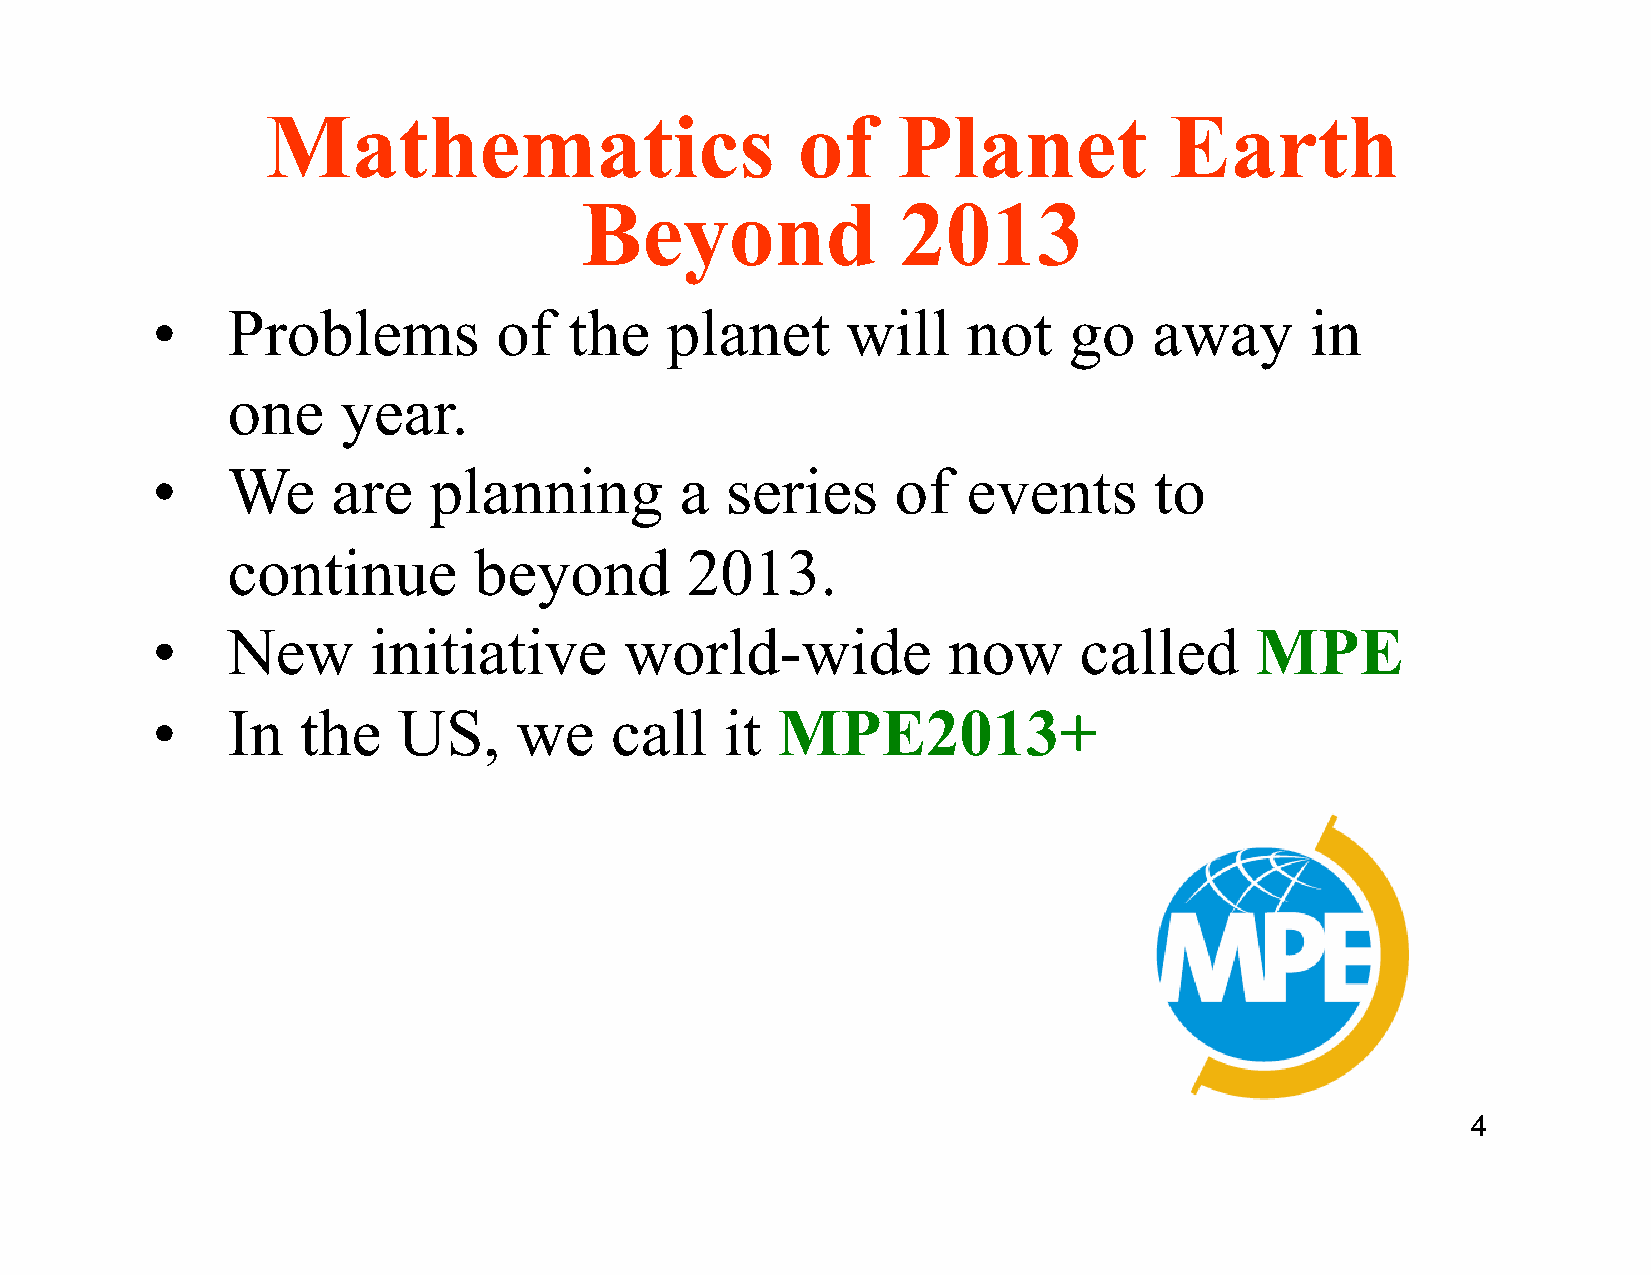
Mathematics                        of    Planet            Earth
 Beyond                2013
 •    Problems          of   the   planet      will    not    go   away       in
 one     year.
 •    We     are   planning         a  series     of   events      to
 continue        beyond        2013.
 •    New      initiative       world-wide            now     called      MPE
 •    In   the   US,     we    call    it MPE2013+
 4